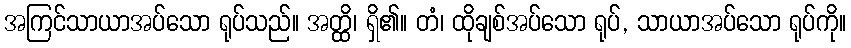
အကြင်သာယာအပ်သော ရုပ်သည်။ အတ္ထိ၊ ရှိ၏။ တံ၊ ထိုချစ်အပ်သော ရုပ်, သာယာအပ်သော ရုပ်ကို။